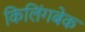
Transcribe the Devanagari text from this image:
किलिंगबेक